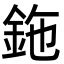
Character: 鉇